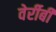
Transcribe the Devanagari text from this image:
वेर्रीबी